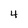
Character: 4